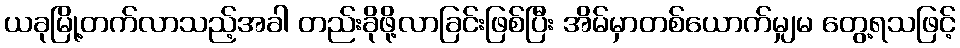
ယခုမြို့တက်လာသည့်အခါ တည်းခိုဖို့လာခြင်းဖြစ်ပြီး အိမ်မှာတစ်ယောက်မျှမ တွေ့ရသဖြင့်